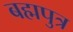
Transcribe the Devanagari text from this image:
बह्मपुत्र